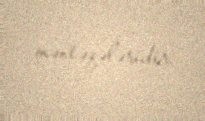
məntəqələridir.